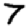
Digit: 7